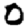
Digit: 0